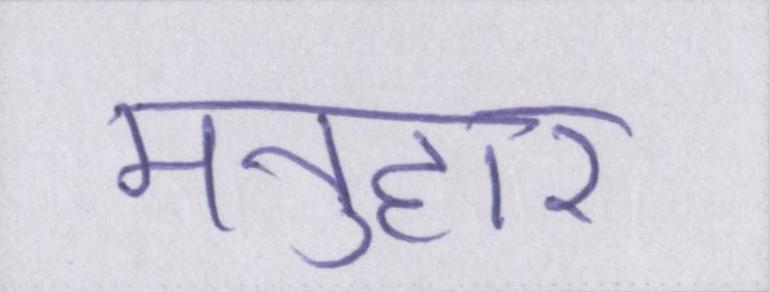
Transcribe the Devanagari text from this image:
मनुहार